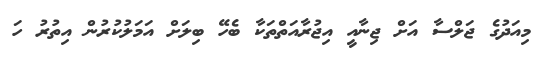
މިއަދުގެ ޖަލްސާ އަށް ޖިނާއީ އިޖުރާއަތްތަކާ ބެހޭ ބިލަށް އަމަލުކުރުން އިތުރު ހަ